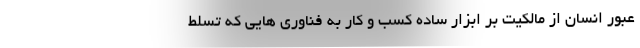
عبور انسان از مالکیت بر ابزار ساده کسب و کار به فناوری هایی که تسلط